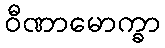
ဝီဏာမောက္ခာ